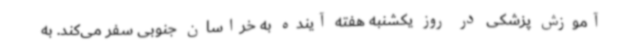
آموزش پزشکی در روز یکشنبه هفته آینده به خراسان جنوبی سفر می‌کند. به